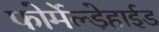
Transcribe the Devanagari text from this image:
फोर्मेल्ड़ेहाईड